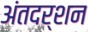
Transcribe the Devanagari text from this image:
अंतदर्शन